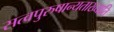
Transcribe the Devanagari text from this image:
सत्वपुरुषान्यताख्याति